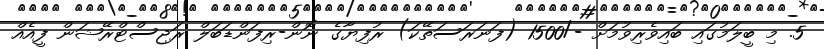
5. މި ބީލަމުގައި ބައިވެރިވުމަށް -/1500 (ފަނަރަސަތޭކަ) ރުފިޔާގެ ނޮން-ރިފަންޑަބަލް ރަޖިސްޓްރޭޝަން ފީއެއް